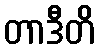
တာဒီတိ